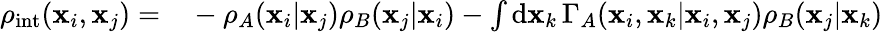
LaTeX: \begin{array}{rl}{\rho_{\mathrm{int}}(\mathbf{x}_{i},\mathbf{x}_{j})=}&{{}-\rho_{A}(\mathbf{x}_{i}|\mathbf{x}_{j})\rho_{B}(\mathbf{x}_{j}|\mathbf{x}_{i})-\int\mathrm{d}\mathbf{x}_{k}\, \Gamma_{A}(\mathbf{x}_{i},\mathbf{x}_{k}|\mathbf{x}_{i},\mathbf{x}_{j})\rho_{B}(\mathbf{x}_{j}|\mathbf{x}_{k})}\end{array}